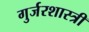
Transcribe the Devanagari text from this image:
गुर्जरशास्त्री